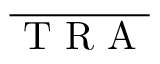
\overline { { \mathrm { ~ T ~ R ~ A ~ } } }